Vaccination in Burma 1920-1933 - 1920-1933
Year: 1920
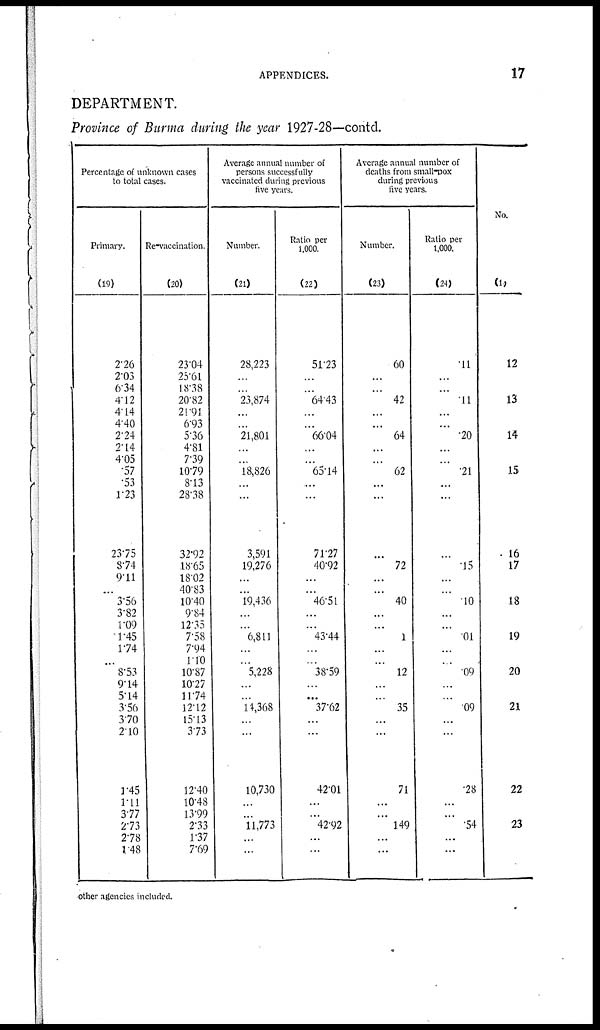
APPENDICES.
17
DEPARTMENT.
Province of Burma during the year 1927-28—contd.
Percentage of unknown cases
to total cases.
Primary.
(19)
2.26
2.03
6.34
4.12
4.14
4.40
2.24
2.14
4.05
.57
.53
1.23
23.75
8.74
9.11
...
3.56
3.82
1.09
1.45
1.74
...
8.53
9.14
5.14
3.56
3.70
2.10
1.45
1.11
3.77
2.73
2.78
1.48
Re-vaccination.
(20)
23.04
25.61
18.38
20.82
21.91
6.93
5.36
4.81
7.39
10.79
8.13
28.38
32.92
18.65
18.02
40.83
10.40
9.84
12.35
7.58
7.94
1.10
10.87
10.27
11.74
12.12
15.13
3.73
12.40
10.48
13.99
2.33
1.37
7.69
Average annual number of
persons successfully
vaccinated during previous
five years.
Number.
(21)
28,223
...
...
23,874
...
...
21,801
...
...
18,826
...
...
3,591
19,276
...
...
19,436
...
...
6,811
...
...
5,228
...
...
11,368
...
...
10,730
...
...
11,773
...
...
Ratio per
1,000.
(22)
51.23
...
...
64.43
...
...
66.04
...
...
65.14
...
...
71.27
40.92
...
...
46.51
...
...
43.44
...
...
38.59
...
...
37.62
...
...
42.01
...
...
42.92
...
...
Average annual number of
deaths from small-pox
during previous
five years.
Number.
(23)
60
...
...
42
...
...
64
...
...
62
...
...
...
72
...
...
40
...
...
1
...
...
12
...
...
35
...
...
71
...
...
149
...
...
Ratio per
1,000.
(24)
.11
...
...
.11
...
...
.20
...
...
.21
...
...
...
.15
...
...
.10
...
...
.01
...
...
.09
...
...
.09
...
...
.28
...
...
.54
...
...
No.
(1)
12
13
14
15
16
17
18
19
20
21
22
23
other agencies included.